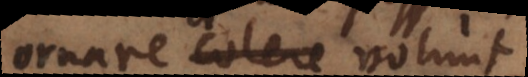
maxime colere volunt.